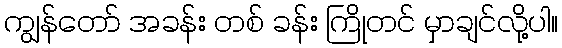
ကျွန်တော် အခန်း တစ် ခန်း ကြိုတင် မှာချင်လို့ပါ။